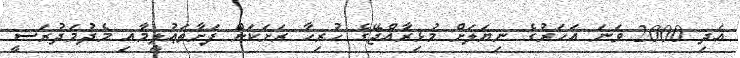
އަދި 2000 ވަނަ އަހަރުގެ ނިޔަލަށް މުޅިރާއްޖޭގެ ހުރިހާ ރަށަކަށް ފަށާތަޢުލީމާއި މެދުމަދުރަސީ